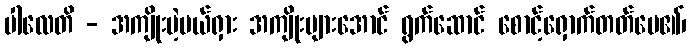
ပါလေတိ - အကျိုးမဲ့ပယ်ရှား အကျိုးများအောင် ရွက်ဆောင် စောင့်ရှောက်တတ်ပေ၏၊